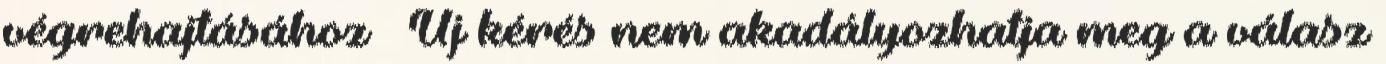
végrehajtásához ● Új kérés nem akadályozhatja meg a válasz